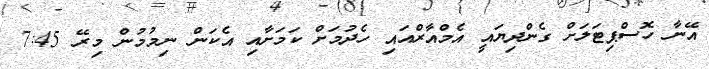
އޭނާ ހޮސްޕިޓަލަށް ގެންދިޔައީ އެމްއާރްއައި ހެދުމަށް ކަމަށާއި އެކަން ނިމުމުން މިރޭ 7:45